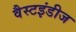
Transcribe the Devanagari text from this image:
वैस्टइंडीज